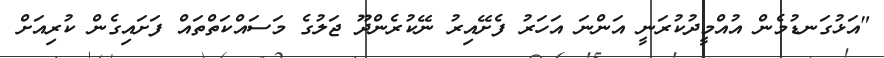
"އަޅުގަނޑުމެން އުއްމީދުކުރަނީ އަންނަ އަހަރު ފެށޭއިރު ނޭކުރެންދޫ ޖަލުގެ މަސައްކަތްތައް ފަށައިގެން ކުރިއަށް